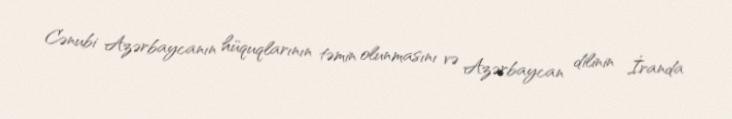
Cənubi Azərbaycanın hüquqlarının təmin olunmasını və Azərbaycan dilinin İranda